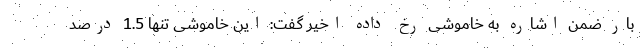
بار ضمن اشاره به خاموشی رخ داده اخیر گفت: این خاموشی تنها 1.5 درصد